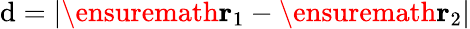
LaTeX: \mathrm{d}=|\ensuremath{{\mathbf{{r}}}}_{1}-\ensuremath{{\mathbf{{r}}}}_{2}|